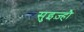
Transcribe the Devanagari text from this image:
सुइज़्हौ